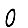
Digit: 0